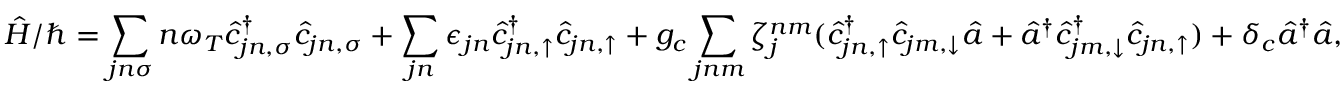
\hat { H } / \hbar = \sum _ { j n \sigma } n \omega _ { T } \hat { c } _ { j n , \sigma } ^ { \dag } \hat { c } _ { j n , \sigma } + \sum _ { j n } \epsilon _ { j n } \hat { c } _ { j n , \uparrow } ^ { \dag } \hat { c } _ { j n , \uparrow } + g _ { c } \sum _ { j n m } \zeta _ { j } ^ { n m } ( \hat { c } _ { j n , \uparrow } ^ { \dag } \hat { c } _ { j m , \downarrow } \hat { a } + \hat { a } ^ { \dag } \hat { c } _ { j m , \downarrow } ^ { \dag } \hat { c } _ { j n , \uparrow } ) + \delta _ { c } \hat { a } ^ { \dag } \hat { a } ,